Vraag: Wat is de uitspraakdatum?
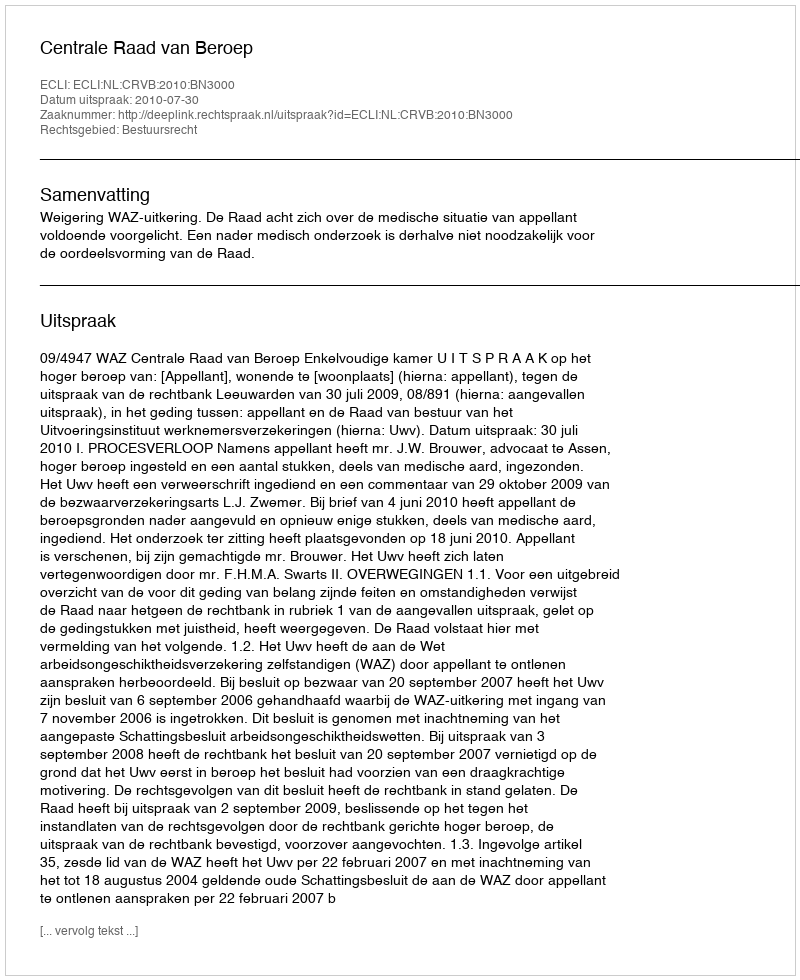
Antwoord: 2010-07-30